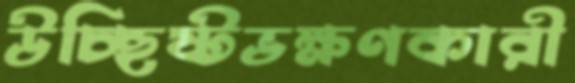
উচ্ছিষ্টভক্ষণকারী